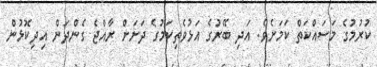
ކުރުމުގެ މަސައްކަތް ކަމަށެވެ. އަދި ބޭރުގެ އަޅުވެތިކަމުގެ ދަށަށް ރާއްޖެ ގެންދަން އިދިކޮޅުން